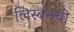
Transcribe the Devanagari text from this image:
लिस्बनची